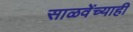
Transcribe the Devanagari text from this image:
साळवेंच्याही